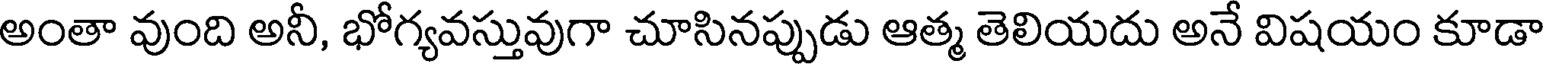
అంతా వుంది అనీ, భోగ్యవస్తువుగా చూసినప్పుడు ఆత్మ తెలియదు అనే విషయం కూడా